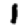
Digit: 1